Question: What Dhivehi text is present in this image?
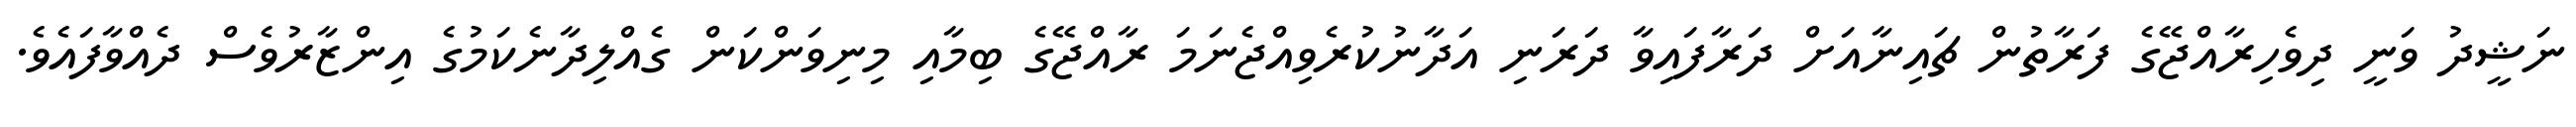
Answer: ނަޝީދު ވަނީ ދިވެހިރާއްޖޭގެ ފަރާތުން ޗައިނާއަށް ދަރާފައިވާ ދަރަނި އަދާނުކުރެވިއްޖެނަމަ ރާއްޖޭގެ ބިމާއި މިނިވަންކަން ގެއްލިދާނެކަމުގެ އިންޒާރުވެސް ދެއްވާފައެވެ.